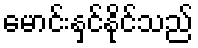
မောင်းနှင်နိုင်သည်